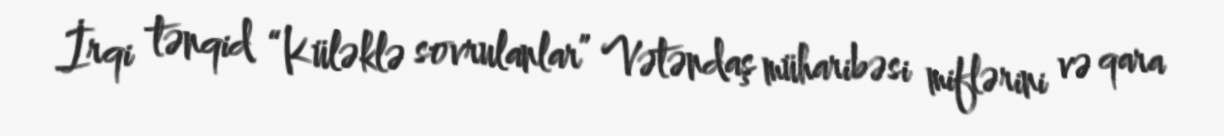
İrqi tənqid “Küləklə sovrulanlar” Vətəndaş müharibəsi miflərini və qara